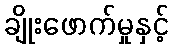
ချိုးဖောက်မှုနှင့်